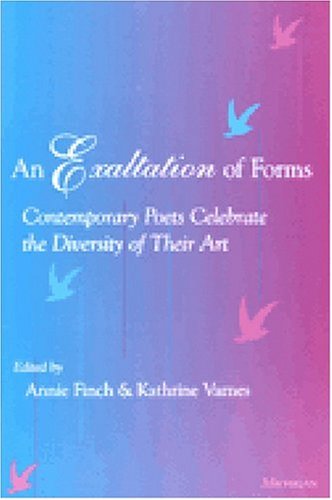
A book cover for An Exaltation of Forms: Contemporary Poets Celebrate the Diversity of Their Art; Annie Ridley Crane Finch; Reference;